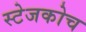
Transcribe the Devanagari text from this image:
स्‍टेजकोच